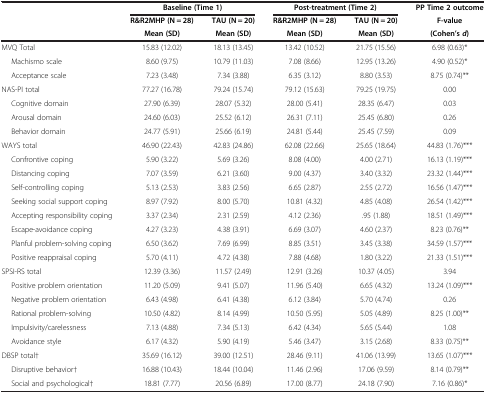
<table><thead><tr><td><b> </b></td><td colspan="2"><b>Baseline (Time 1)</b></td><td colspan="2"><b>Post-treatment (Time 2)</b></td><td><b>PP Time 2 outcome</b></td></tr><tr><td><b> </b></td><td><b>R&amp;R2MHP (N = 28)</b></td><td><b>TAU (N = 20)</b></td><td><b>R&amp;R2MHP (N = 28)</b></td><td><b>TAU (N = 20)</b></td><td><b>F-value</b></td></tr><tr><td><b> </b></td><td><b>Mean (SD)</b></td><td><b>Mean (SD)</b></td><td><b>Mean (SD)</b></td><td><b>Mean (SD)</b></td><td><b>(Cohen’s <i>d</i>)</b></td></tr></thead><tbody><tr><td>MVQ Total</td><td>15.83 (12.02)</td><td>18.13 (13.45)</td><td>13.42 (10.52)</td><td>21.75 (15.56)</td><td>6.98 (0.63)*</td></tr><tr><td>Machismo scale</td><td>8.60 (9.75)</td><td>10.79 (11.03)</td><td>7.08 (8.66)</td><td>12.95 (13.26)</td><td>4.90 (0.52)*</td></tr><tr><td>Acceptance scale</td><td>7.23 (3.48)</td><td>7.34 (3.88)</td><td>6.35 (3.12)</td><td>8.80 (3.53)</td><td>8.75 (0.74)**</td></tr><tr><td>NAS-PI total</td><td>77.27 (16.78)</td><td>79.24 (15.74)</td><td>79.12 (15.63)</td><td>79.25 (19.75)</td><td>0.00</td></tr><tr><td>Cognitive domain</td><td>27.90 (6.39)</td><td>28.07 (5.32)</td><td>28.00 (5.41)</td><td>28.35 (6.47)</td><td>0.03</td></tr><tr><td>Arousal domain</td><td>24.60 (6.03)</td><td>25.52 (6.12)</td><td>26.31 (7.11)</td><td>25.45 (6.80)</td><td>0.26</td></tr><tr><td>Behavior domain</td><td>24.77 (5.91)</td><td>25.66 (6.19)</td><td>24.81 (5.44)</td><td>25.45 (7.59)</td><td>0.09</td></tr><tr><td>WAYS total</td><td>46.90 (22.43)</td><td>42.83 (24.86)</td><td>62.08 (22.66)</td><td>25.65 (18.64)</td><td>44.83 (1.76)***</td></tr><tr><td>Confrontive coping</td><td>5.90 (3.22)</td><td>5.69 (3.26)</td><td>8.08 (4.00)</td><td>4.00 (2.71)</td><td>16.13 (1.19)***</td></tr><tr><td>Distancing coping</td><td>7.07 (3.59)</td><td>6.21 (3.60)</td><td>9.00 (4.37)</td><td>3.40 (3.32)</td><td>23.32 (1.44)***</td></tr><tr><td>Self-controlling coping</td><td>5.13 (2.53)</td><td>3.83 (2.56)</td><td>6.65 (2.87)</td><td>2.55 (2.72)</td><td>16.56 (1.47)***</td></tr><tr><td>Seeking social support coping</td><td>8.97 (7.92)</td><td>8.00 (5.70)</td><td>10.81 (4.32)</td><td>4.85 (4.08)</td><td>26.54 (1.42)***</td></tr><tr><td>Accepting responsibility coping</td><td>3.37 (2.34)</td><td>2.31 (2.59)</td><td>4.12 (2.36)</td><td>.95 (1.88)</td><td>18.51 (1.49)***</td></tr><tr><td>Escape-avoidance coping</td><td>4.27 (3.23)</td><td>4.38 (3.91)</td><td>6.69 (3.07)</td><td>4.60 (2.37)</td><td>8.23 (0.76)**</td></tr><tr><td>Planful problem-solving coping</td><td>6.50 (3.62)</td><td>7.69 (6.99)</td><td>8.85 (3.51)</td><td>3.45 (3.38)</td><td>34.59 (1.57)***</td></tr><tr><td>Positive reappraisal coping</td><td>5.70 (4.11)</td><td>4.72 (4.38)</td><td>7.88 (4.68)</td><td>1.80 (3.22)</td><td>21.33 (1.51)***</td></tr><tr><td>SPSI-RS total</td><td>12.39 (3.36)</td><td>11.57 (2.49)</td><td>12.91 (3.26)</td><td>10.37 (4.05)</td><td>3.94</td></tr><tr><td>Positive problem orientation</td><td>11.20 (5.09)</td><td>9.41 (5.07)</td><td>11.96 (5.40)</td><td>6.65 (4.32)</td><td>13.24 (1.09)***</td></tr><tr><td>Negative problem orientation</td><td>6.43 (4.98)</td><td>6.41 (4.38)</td><td>6.12 (3.84)</td><td>5.70 (4.74)</td><td>0.26</td></tr><tr><td>Rational problem-solving</td><td>10.50 (4.82)</td><td>8.14 (4.99)</td><td>10.50 (5.95)</td><td>5.05 (4.89)</td><td>8.25 (1.00)**</td></tr><tr><td>Impulsivity/carelessness</td><td>7.13 (4.88)</td><td>7.34 (5.13)</td><td>6.42 (4.34)</td><td>5.65 (5.44)</td><td>1.08</td></tr><tr><td>Avoidance style</td><td>6.17 (4.32)</td><td>5.90 (4.19)</td><td>5.46 (3.47)</td><td>3.15 (2.68)</td><td>8.33 (0.75)**</td></tr><tr><td>DBSP total†</td><td>35.69 (16.12)</td><td>39.00 (12.51)</td><td>28.46 (9.11)</td><td>41.06 (13.99)</td><td>13.65 (1.07)***</td></tr><tr><td>Disruptive behavior†</td><td>16.88 (10.43)</td><td>18.44 (10.04)</td><td>11.46 (2.96)</td><td>17.06 (9.59)</td><td>8.14 (0.79)**</td></tr><tr><td>Social and psychological†</td><td>18.81 (7.77)</td><td>20.56 (6.89)</td><td>17.00 (8.77)</td><td>24.18 (7.90)</td><td>7.16 (0.86)*</td></tr></tbody></table>